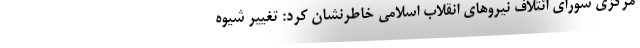
مرکزی شورای ائتلاف نیروهای انقلاب اسلامی خاطرنشان کرد: تغییر شیوه